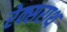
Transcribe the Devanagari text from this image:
रेक्सराथ